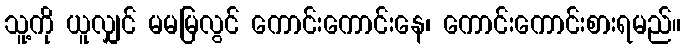
သူ့ကို ယူလျှင် မမမြလွင် ကောင်းကောင်းနေ၊ ကောင်းကောင်းစားရမည်။